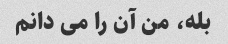
بله، من آن را می دانم